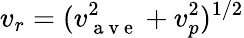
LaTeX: v_{r}=(v_{\mathrm{~a~v~e~}}^{2}+v_{p}^{2})^{1/2}